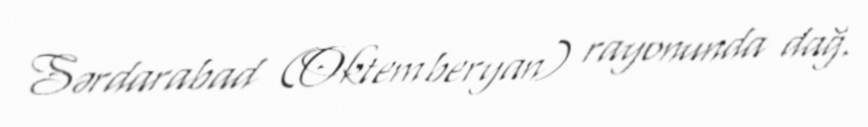
Sərdarabad (Oktemberyan) rayonunda dağ.